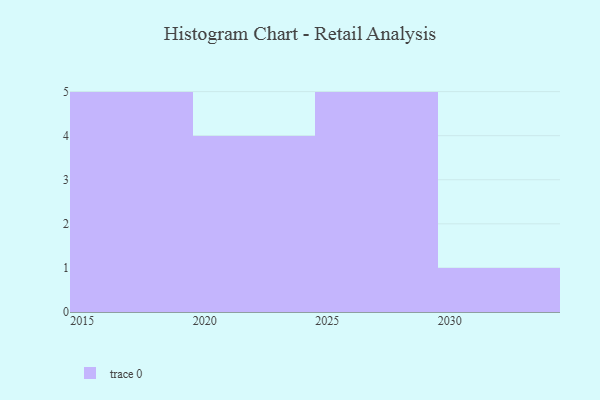
{"axis": {"x": "Year", "y": "Net Income (USD K)"}, "legend": [""], "data": [{"x": "2023", "y": 54, "type": ""}, {"x": "2019", "y": 40, "type": ""}, {"x": "2016", "y": 45, "type": ""}, {"x": "2015", "y": 9, "type": ""}, {"x": "2024", "y": 32, "type": ""}, {"x": "2029", "y": 13, "type": ""}, {"x": "2022", "y": 32, "type": ""}, {"x": "2030", "y": 99, "type": ""}, {"x": "2028", "y": 33, "type": ""}, {"x": "2026", "y": 53, "type": ""}, {"x": "2020", "y": 74, "type": ""}, {"x": "2025", "y": 10, "type": ""}, {"x": "2018", "y": 84, "type": ""}, {"x": "2027", "y": 87, "type": ""}, {"x": "2017", "y": 78, "type": ""}]}